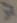
Text: 7